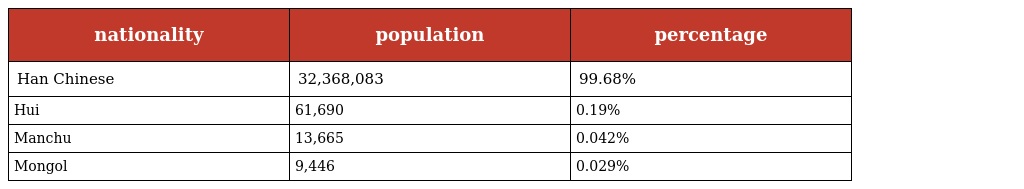
| nationality | population | percentage |
 | --- | --- | --- |
 | Han Chinese | 32,368,083 | 99.68% |
 | Hui | 61,690 | 0.19% |
 | Manchu | 13,665 | 0.042% |
 | Mongol | 9,446 | 0.029% |